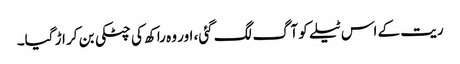
ریت کے اس ٹیلے کو آگ لگ گئی، اور وہ راکھ کی چٹکی بن کر اڑ گیا۔